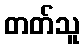
တတ်သူ